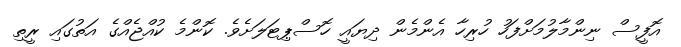
އޮފީސް ނިންމާލުމަށްފަހު ހުރިހާ އެންމެން ދިޔައީ ހޮސްޕިޓަލަށެވެ. ކޮންމެ ކުއްޖެއްގެ އަތުގައި ރީތި